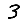
Digit: 3